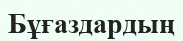
Бұғаздардың